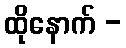
ထိုနောက် -